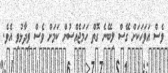
ވެސް އަވަހަކަށް ގޭސް ލިބޭނެ ގޮތް ހަމަޖެއްސުން ކަމަށް ވެސް ވިދާޅުވި އެވެ.